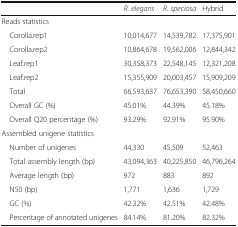
<table><thead><tr><td></td><td><b><i>R. elegans</i></b></td><td><b><i>R. speciosa</i></b></td><td><b>Hybrid</b></td></tr></thead><tbody><tr><td colspan="4">Reads statistics</td></tr><tr><td> Corolla.rep1</td><td>10,014,677</td><td>14,539,782</td><td>17,375,901</td></tr><tr><td> Corolla.rep2</td><td>10,864,678</td><td>19,562,006</td><td>12,844,342</td></tr><tr><td> Leaf.rep1</td><td>30,358,373</td><td>22,548,145</td><td>12,321,208</td></tr><tr><td> Leaf.rep2</td><td>15,355,909</td><td>20,003,457</td><td>15,909,209</td></tr><tr><td> Total</td><td>66,593,637</td><td>76,653,390</td><td>58,450,660</td></tr><tr><td> Overall GC (%)</td><td>45.01%</td><td>44.39%</td><td>45.18%</td></tr><tr><td> Overall Q20 percentage (%)</td><td>93.29%</td><td>92.91%</td><td>95.90%</td></tr><tr><td colspan="4">Assembled unigene statistics</td></tr><tr><td> Number of unigenes</td><td>44,330</td><td>45,509</td><td>52,463</td></tr><tr><td> Total assembly length (bp)</td><td>43,094,363</td><td>40,225,850</td><td>46,796,264</td></tr><tr><td> Average length (bp)</td><td>972</td><td>883</td><td>892</td></tr><tr><td> N50 (bp)</td><td>1,771</td><td>1,636</td><td>1,729</td></tr><tr><td> GC (%)</td><td>42.32%</td><td>42.51%</td><td>42.48%</td></tr><tr><td> Percentage of annotated unigenes</td><td>84.14%</td><td>81.20%</td><td>82.32%</td></tr></tbody></table>